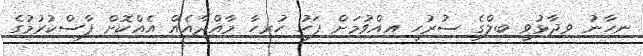
ނިހާނު ވިދާޅުވީ ބިލްގެ ސުރުހީ އިއްވުމަށް ފަހު ހުރިހާ މާއްދާއެއް އެއްކޮށް ފާސްކުރުމުގެ